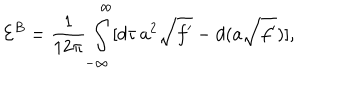
{ \cal E } ^ { B } = \frac 1 { 1 2 \pi } \int _ { - \infty } ^ { \infty } [ d \tau \, a ^ { 2 } \sqrt { f ^ { \prime } } - d ( a \sqrt { f ^ { \prime } } ) ] ,